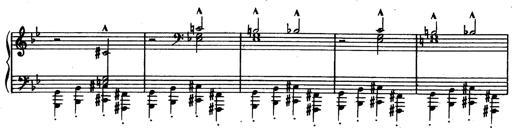
Title: Trauervorspiel und Trauermarsch
Composer: Franz Liszt